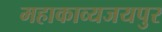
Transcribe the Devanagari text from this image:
महाकाव्यजयपुर